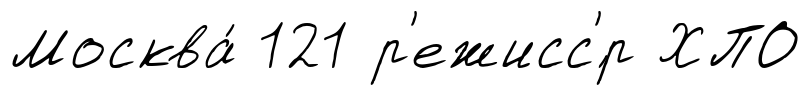
Москва́ 121 р'ежисс'́р ХПО